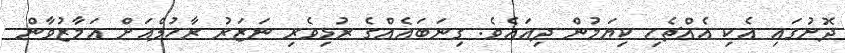
ދޮށުގައި އެކި އެއްޗެހި ކިޔަމުން ދިއައެވެ. ގިނަބައެއްގެ ރުޅިވެރި ނަޒަރު ރާހުލްއަށް އަމާޒުވާން